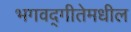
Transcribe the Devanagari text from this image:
भगवद्‍गीतेमधील